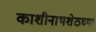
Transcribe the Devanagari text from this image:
काशीनाथशेठच्या